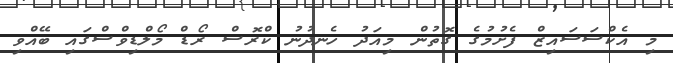
މި އެކްސަސައިޒް ފެށުމުގެ ގޮތުން މިއަދު ހެނދުނު ކްރޮސް ރޯޑް މޯލްޑިވްސްގައި ބޭއްވި